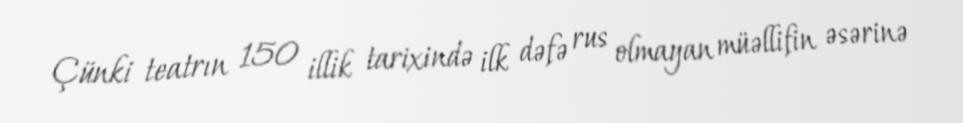
Çünki teatrın 150 illik tarixində ilk dəfə rus olmayan müəllifin əsərinə